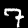
Digit: 7